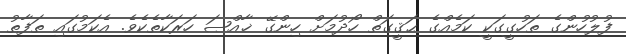
ފުލުހުންގެ ތަހުގީގަކީ ކަމެއްގެ ޙަޤީގަތް ހޯދުމަށް ހިންގޭ ޚާއްޞަ ހަރަކާތެކެވެ. އެކަމުގައި ތަފާތު